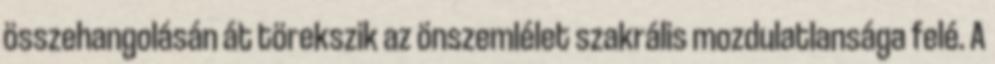
összehangolásán át törekszik az önszemlélet szakrális mozdulatlansága felé. A